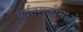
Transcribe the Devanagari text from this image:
पर्वतराजींमध्ये